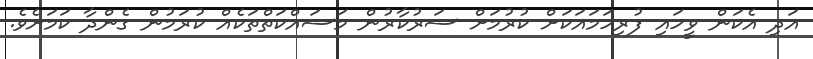
އަދި އެކަން ވީހައި ފުރިހަމައަކަށް ކުރުމަށް ސަރުކާރުން މަސައްކަތްތަކެއް ކުރަމުން ގެންދާ ކަމަށެވެ.